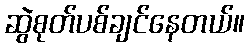
ဆွဲစုတ်ပစ်ချင်နေတယ်။